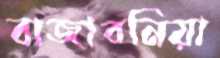
বাজাবনিয়া